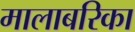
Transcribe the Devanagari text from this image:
मालाबरिका